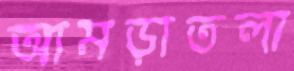
আমড়াতলা